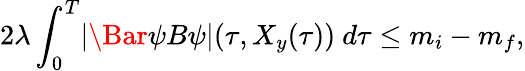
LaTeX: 2\lambda\int_{0}^{T}\lvert\Bar{\psi}B\psi\rvert(\tau,X_{y}(\tau))\ d\tau\le m_{i}-m_{f},